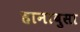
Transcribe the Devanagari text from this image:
हानाबुसा